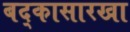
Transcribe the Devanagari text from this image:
बद्कासारखा